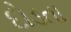
દોડતા